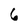
Character: 6